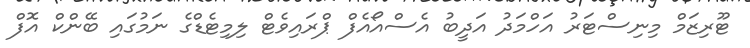
ޓޫރިޒަމް މިނިސްޓަރު އަހްމަދު އަދީބު އެސްއޯއެފް ޕްރައިވެޓް ލިމިޓެޑްގެ ނަމުގައި ބޭންކް އޮފް